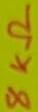
Text: 8KΩ